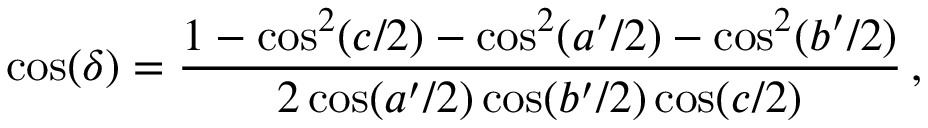
\cos ( \delta ) = \frac { 1 - \cos ^ { 2 } ( c / 2 ) - \cos ^ { 2 } ( a ^ { \prime } / 2 ) - \cos ^ { 2 } ( b ^ { \prime } / 2 ) } { 2 \cos ( a ^ { \prime } / 2 ) \cos ( b ^ { \prime } / 2 ) \cos ( c / 2 ) } \, ,